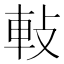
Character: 軙